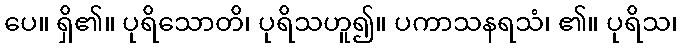
ပေ။ ရှိ၏။ ပုရိသောတိ၊ ပုရိသဟူ၍။ ပကာသနရသံ၊ ၏။ ပုရိသ၊